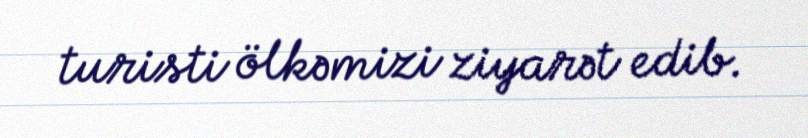
turisti ölkəmizi ziyarət edib.